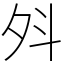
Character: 斘